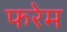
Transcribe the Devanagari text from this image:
फरेम